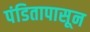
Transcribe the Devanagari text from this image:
पंडितापासून